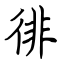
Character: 徘